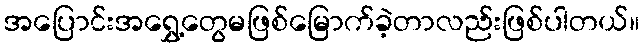
အပြောင်းအရွှေ့တွေမဖြစ်မြောက်ခဲ့တာလည်းဖြစ်ပါတယ်။